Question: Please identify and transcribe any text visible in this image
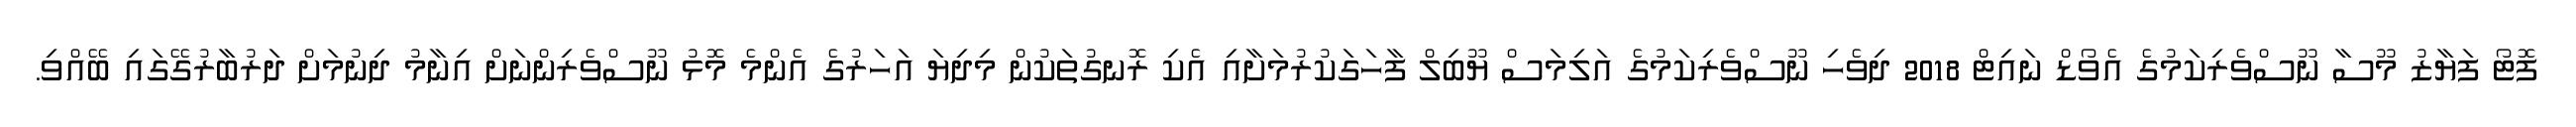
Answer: ފޮޓޯ ފަޔާޒު މޫސާ ނޫސްވެރިކަމުގެ އެވޯޑް ނައިޓް 2018 ދިވެހި ނޫސްވެރިކަމުގެ އަލިމަސް ޔޫބިލް ފާހަގަކުރުމަށާއި އެކި ރޮނގުތަކުން މިދިޔަ އަހަރުގެ އެންމެ މޮޅު ނޫސްވެރިންނަށް އިނާމު ދިނުމަށް ދަރުބާރުގޭގައި ބޭއްވި.